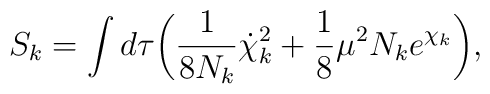
S_k = \int d \tau \biggl( {1\over 8N_k} {\dot \chi_k}^2 + {1\over 8} \mu^2 N_k e^{\chi_k}\biggr),